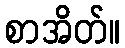
စာအိတ်။